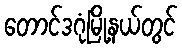
တောင်ဒဂုံမြို့နယ်တွင်